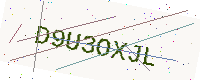
Text: D9U3OXJL